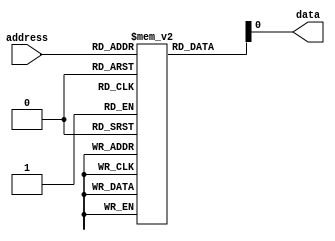
module Memory_Blocks_Fuse_ROM (
    input [7:0] address,
    output reg data
);

reg [7:0] memory [0:255];

initial begin
    // Initialize memory with desired values by blowing fuses
    memory[0] = 8'b00000001;
    memory[1] = 8'b00000010;
    memory[2] = 8'b00000011;
    // Add more initializations as needed
end

always @* begin
    data = memory[address];
end

endmodule